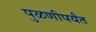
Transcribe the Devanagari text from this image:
पुळणीपर्यंत